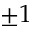
\pm 1